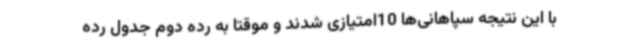
با این نتیجه سپاهانی‌ها 10امتیازی شدند و موقتا به رده دوم جدول رده